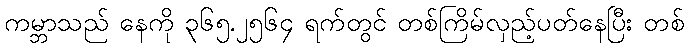
ကမ္ဘာသည် နေကို ၃၆၅.၂၅၆၄ ရက်တွင် တစ်ကြိမ်လှည့်ပတ်နေပြီး တစ်